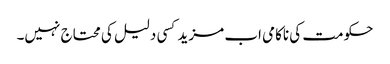
حکومت کی ناکامی اب مزید کسی دلیل کی محتاج نہیں۔